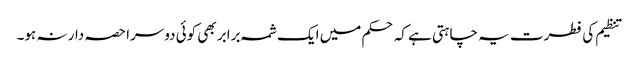
تنظیم کی فطرت یہ چاہتی ہے کہ حکم میں ایک شمہ برابر بھی کوئی دوسرا حصہ دار نہ ہو۔